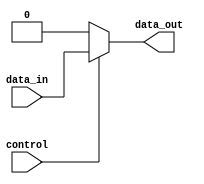
module active_high_buffer(
    input data_in,
    input control,
    output reg data_out
);

always @* begin
    if(control) begin
        data_out = data_in;
    end else begin
        data_out = 1'b0; // Output low when control signal is low
    end
end

endmodule